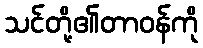
သင်တို့၏တာဝန်ကို